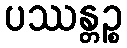
ပဿန္တဉ္စ